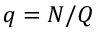
q = N / Q